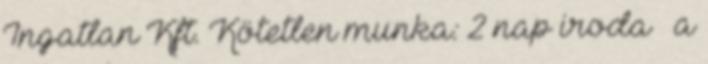
Ingatlan Kft. Kötetlen munka: 2 nap iroda a